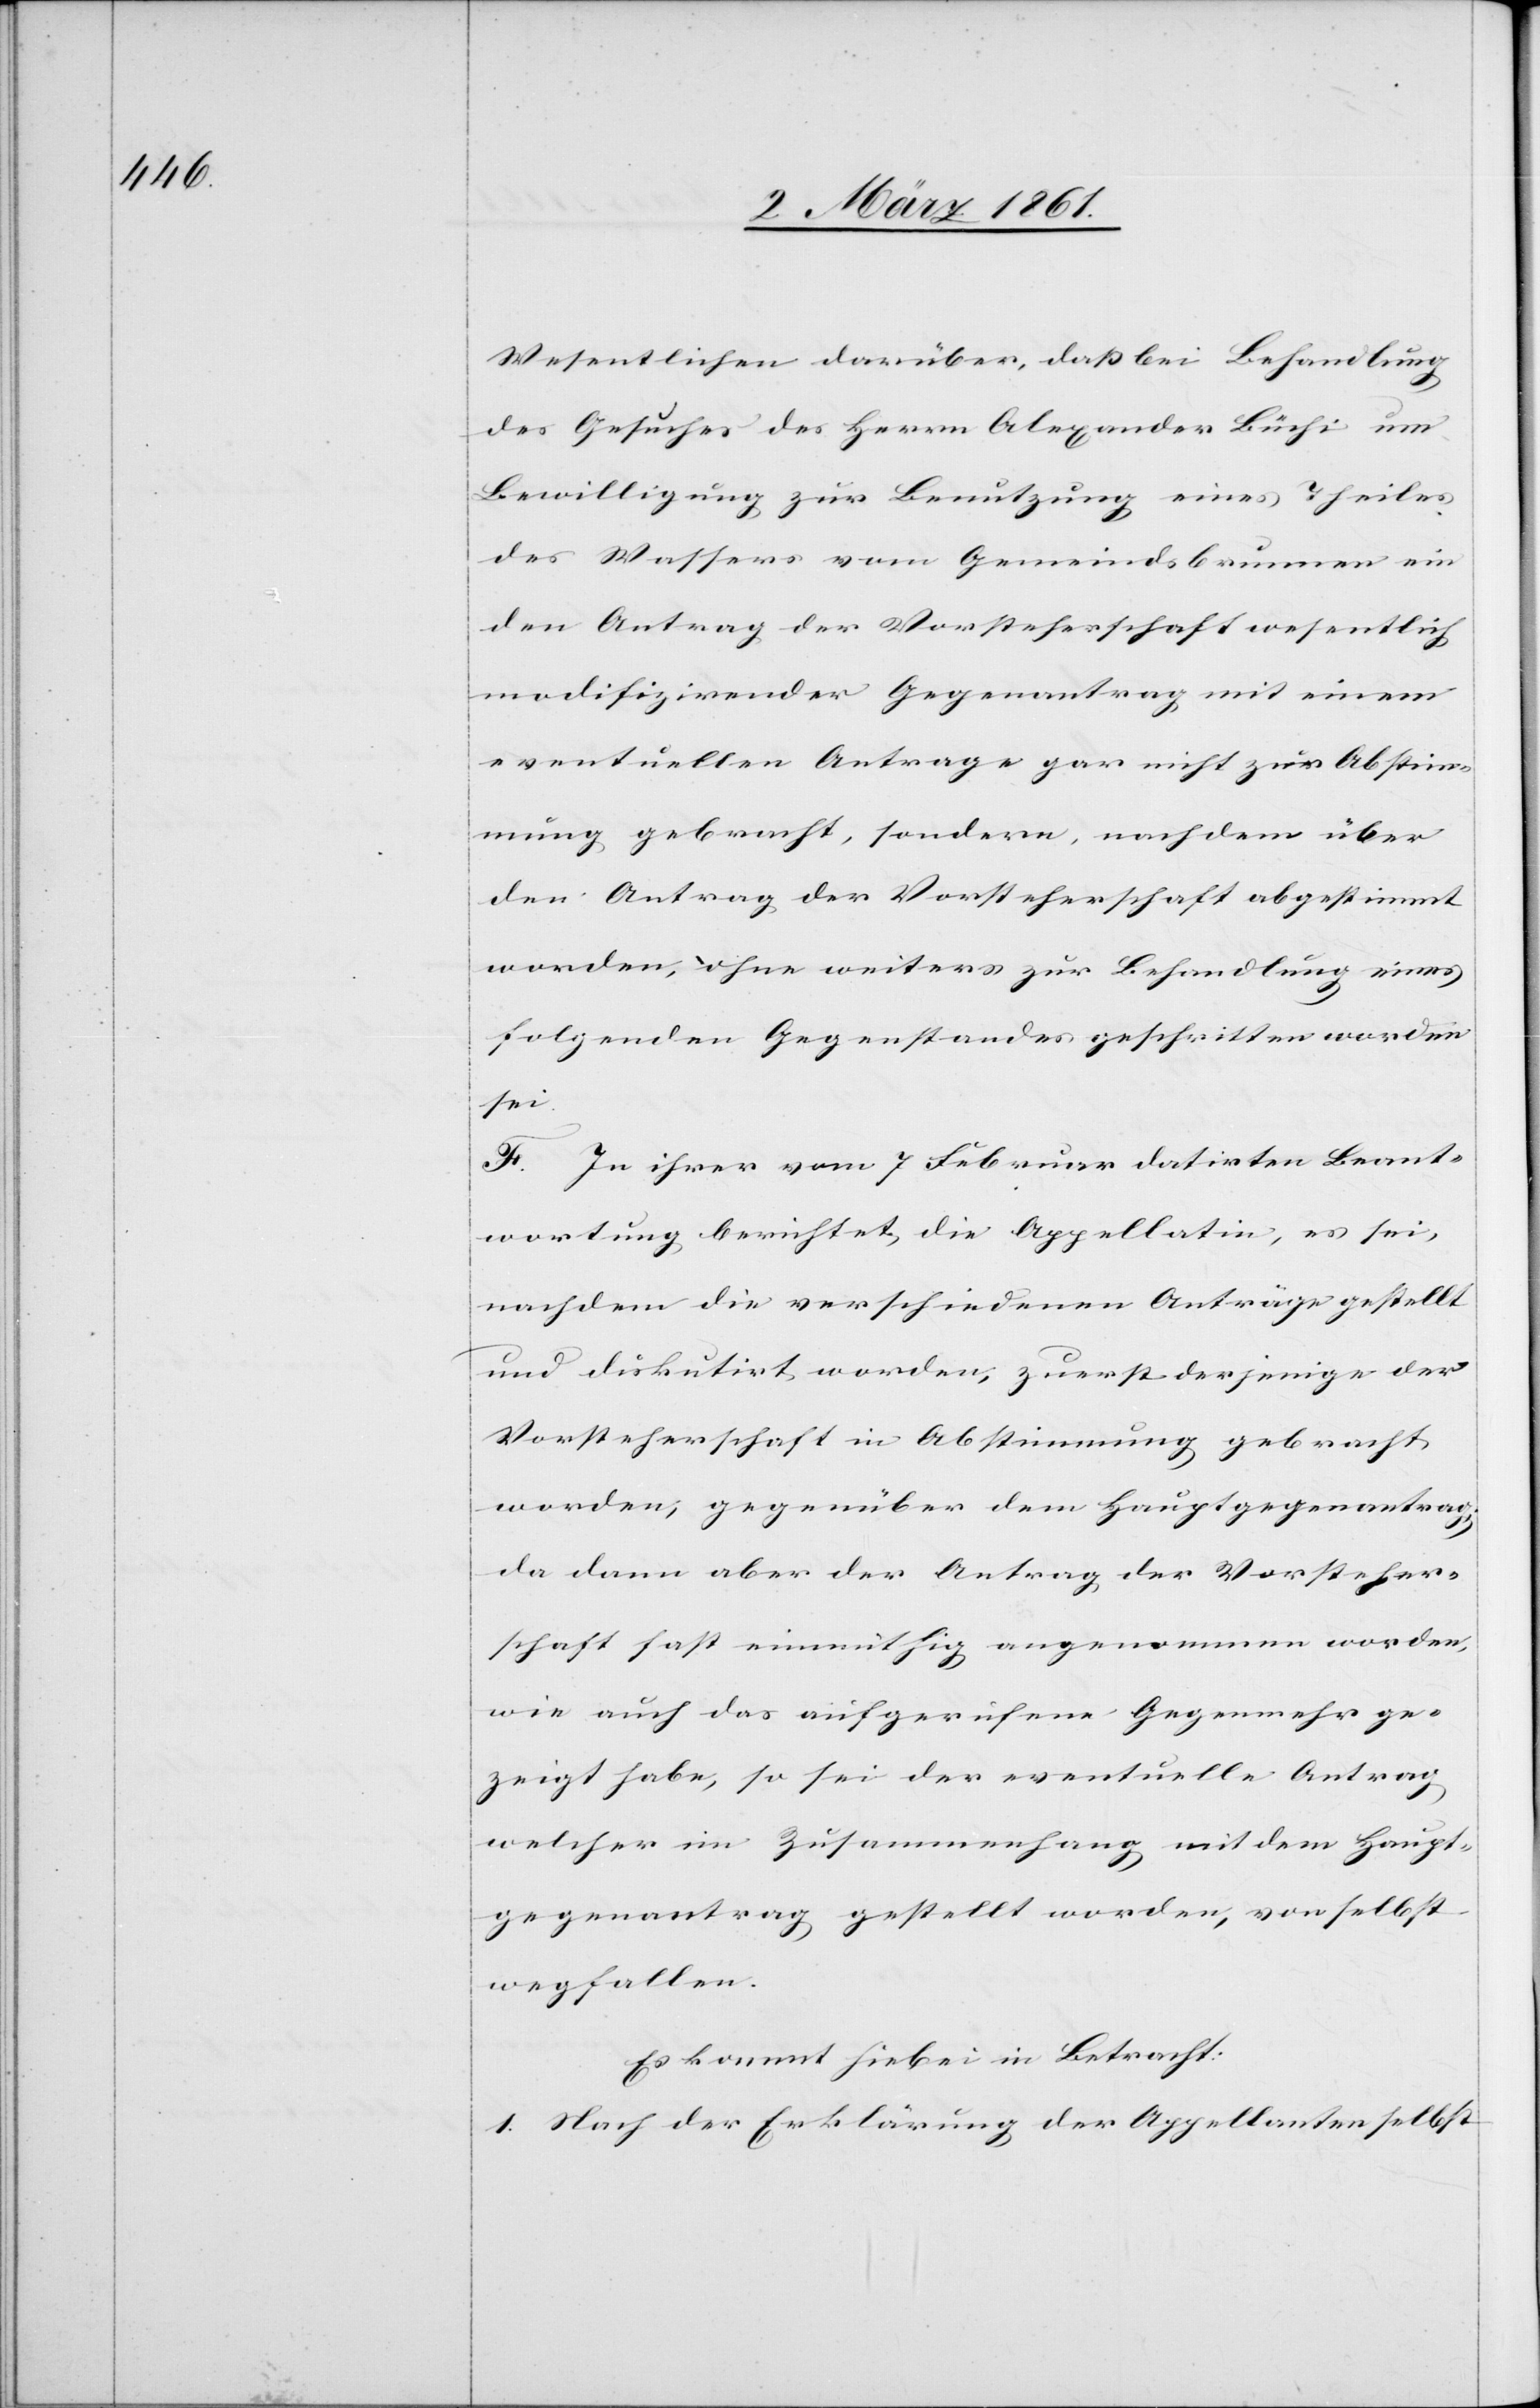
Wesentlichen darüber, dass bei Behandlung
des Gesuches des Herrn Alexander Büchi um
Bewilligung zur Benutzung eines Theiles
des Wassers vom Gemeindsbrunnen ein
den Antrag der Vorsteherschaft wesentlich
modifizirender Gegenantrag mit einem
eventuellen Antrage gar nicht zur Abstim¬
mung gebracht, sondern, nachdem über
den Antrag der Vorsteherschaft abgestimmt
worden, ohne weiters zur Behandlung eines
folgenden Gegenstandes geschritten worden
sei.
F. In ihrer vom 7 Februar datirten Beant¬
wortung berichtet die Appellatin, es sei,
nachdem die verschiedenen Anträge gestellt
und diskutirt worden, zuerst derjenige der
Vorsteherschaft in Abstimmung gebracht
worden, gegenüber dem Hauptgegenantrag;
da dann aber der Antrag der Vorsteher¬
schaft fast einmüthig angenommen worden,
wie auch das aufgerufene Gegenmehr ge¬
zeigt habe, so sei der eventuelle Antrag
welcher im Zusammenhang mit dem Haupt¬
gegenantrag gestellt worden, von selbst
wegfallen.
Es kommt hiebei in Betracht:
1. Nach der Erklärung der Appellanten selbst